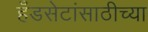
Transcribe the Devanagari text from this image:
हँडसेटांसाठीच्या